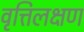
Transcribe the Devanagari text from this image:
वृत्तिलक्षण